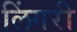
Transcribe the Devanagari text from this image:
लिंगरी